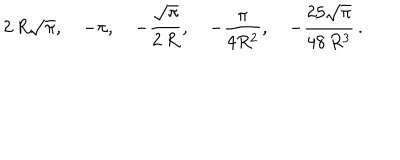
2 \, R \sqrt \pi , \quad - \pi , \quad - \frac { \sqrt \pi } { 2 \, R } , \quad - \frac { \pi } { 4 R ^ { 2 } } , \quad - \frac { 2 5 \sqrt \pi } { 4 8 \, R ^ { 3 } } \, { . }